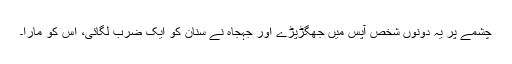
چشمے پر یہ دونوں شخص آپس میں جھگڑپڑے اور جَہْجَاہْ نے سنان کو ایک ضرب لگائی، اس کو مارا۔